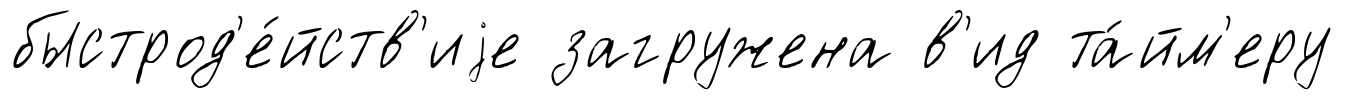
быстрод'е́йств'иjе загружена в'ид та́йм'еру